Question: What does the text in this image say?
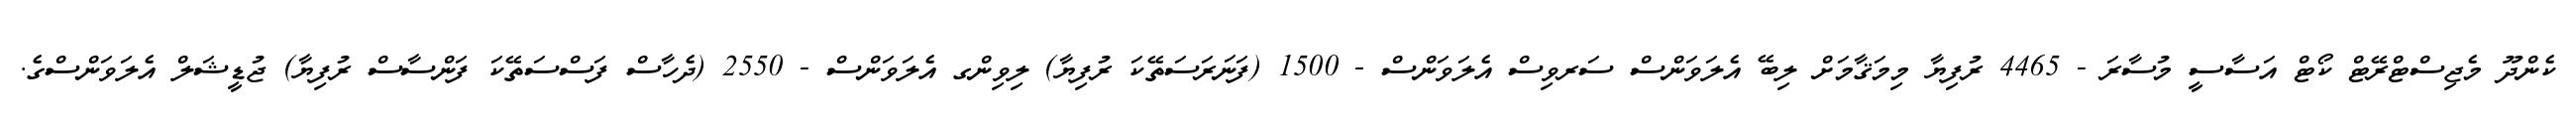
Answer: ކެންދޫ މެޖިސްޓްރޭޓް ކޯޓް އަސާސީ މުސާރަ - 4465 ރުފިޔާ މިމަޤާމަށް ލިބޭ އެލަވަންސް ސަރވިސް އެލަވަންސް - 1500 (ފަނަރަސަތޭކަ ރުފިޔާ) ލިވިންގ އެލަވަންސް - 2550 (ދެހާސް ފަސްސަތޭކަ ފަންސާސް ރުފިޔާ) ޖުޑީޝަލް އެލަވަންސްގެ.